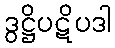
ဒွဋ္ဌိပဋိပဒါ